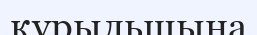
құрыльшына